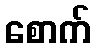
စောက်